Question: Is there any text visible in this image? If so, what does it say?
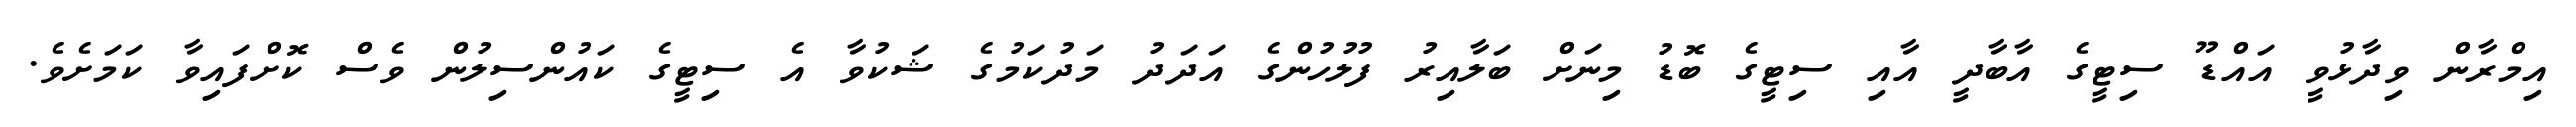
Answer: އިމްރާން ވިދާޅުވީ އައްޑޫ ސިޓީގެ އާބާދީ އާއި ސިޓީގެ ބޮޑު މިނަށް ބަލާއިރު ފުލުހުންގެ އަދަދު މަދުކަމުގެ ޝަކުވާ އެ ސިޓީގެ ކައުންސިލުން ވެސް ކޮށްފައިވާ ކަމަށެވެ.